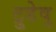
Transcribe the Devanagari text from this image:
ट्रुडेवु